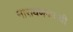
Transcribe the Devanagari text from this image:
नारायणगावची